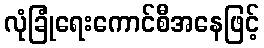
လုံခြုံရေးကောင်စီအနေဖြင့်